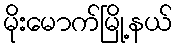
မိုးမောက်မြို့နယ်